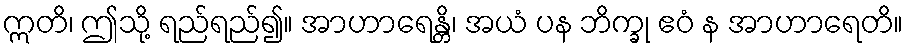
ဣတိ၊ ဤသို့ ရည်ရည်၍။ အာဟာရေန္တိ၊ အယံ ပန ဘိက္ခု ဧဝံ န အာဟာရေတိ။